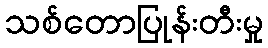
သစ်တောပြုန်းတီးမှု